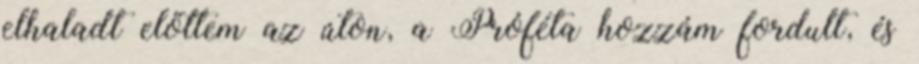
elhaladt előttem az úton, a Próféta hozzám fordult, és